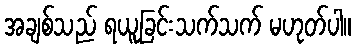
အချစ်သည် ရယူခြင်းသက်သက် မဟုတ်ပါ။